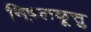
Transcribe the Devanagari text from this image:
निष़लकूत्तु